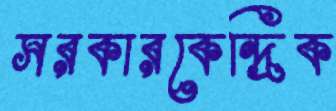
সরকারকেন্দ্রিক